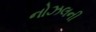
નોઝલની